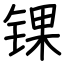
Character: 锞